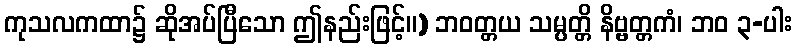
ကုသလကထာ၌ ဆိုအပ်ပြီသော ဤနည်းဖြင့်။) ဘဝတ္တယ သမ္ပတ္တိ နိဗ္ဗတ္တကံ၊ ဘဝ ၃-ပါး